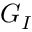
G _ { I }